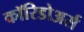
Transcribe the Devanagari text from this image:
कॉरिडोअर्स